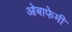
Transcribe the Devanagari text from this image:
ओबाफेमी